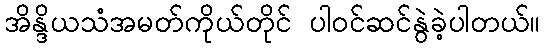
အိန္ဒိယသံအမတ်ကိုယ်တိုင် ပါဝင်ဆင်နွဲခဲ့ပါတယ်။